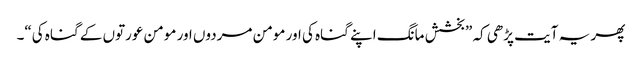
پھر یہ آیت پڑھی کہ ”بخشش مانگ اپنے گناہ کی اور مومن مردوں اور مومن عورتوں کے گناہ کی“۔